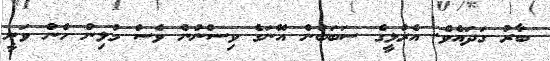
ބާރު ގަދައެވެ. އެރުޅީގެ ސަބަބުން އޭނަގެ ވިސްނުން ވެސް މުޅިން ހެން ވަނީ